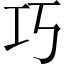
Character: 巧